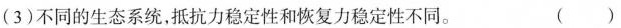
(3)不同的生态系统，抵抗力稳定性和恢复力稳定性不同。 ()